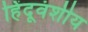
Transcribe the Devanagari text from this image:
हिंदूवंशीय